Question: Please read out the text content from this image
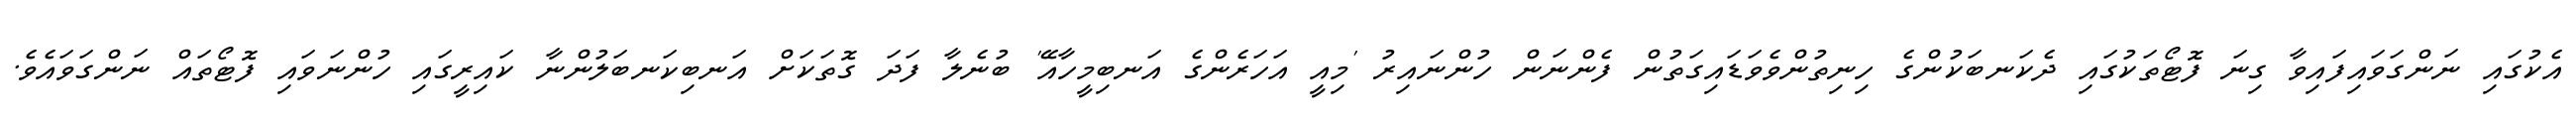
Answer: އެކުގައި ނަންގަވައިފައިވާ ގިނަ ފޮޓޯތަކުގައި ދެކަނބަކުންގެ ހިނިތުންވެވަޑައިގަތުން ފެންނަން ހުންނައިރު 'މިއީ އަހަރެންގެ އަނބިމީހާއޭ' ބުނެލާ ފަދަ ގޮތަކަށް އަނބިކަނބަލުންނާ ކައިރީގައި ހުންނަވައި ފޮޓޯތައް ނަންގަވައެވެ.